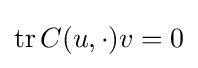
\operatorname {tr} C(u,\cdot )v=0